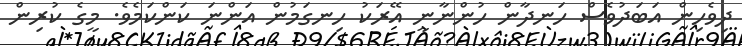
ދިވެހިން އަބަދުވެސް ހަނދާން ހުންނާނީ އޭރަކު ހިނގަމުން އަންނަ ކަންކަމެވެ. މީގެ ކުރިން